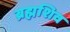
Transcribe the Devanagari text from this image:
ब्रह्मशिव